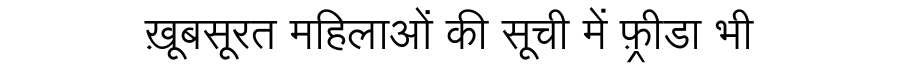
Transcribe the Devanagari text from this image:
ख़ूबसूरत महिलाओं की सूची में फ़्रीडा भी